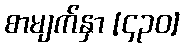
စာမျက်နှာ [၄၃၀]